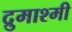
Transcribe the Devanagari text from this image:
द्रुमाश्मी